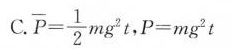
C. \overline{P} = \frac{1}{2}mg^{2} t $$ ,$$P = m g^{2} t$$